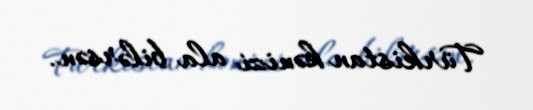
Türkistan kənizi ala bilərsən.